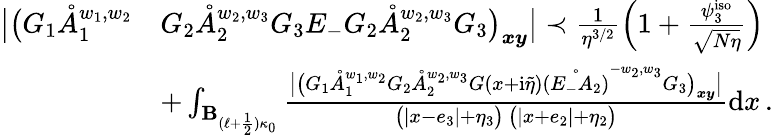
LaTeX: \begin{array}{rl}{\big|\big(G_{1}\mathring{A}_{1}^{w_{1},w_{2}}}&{G_{2}\mathring{A}_{2}^{w_{2},w_{3}}G_{3}E_{-}G_{2}\mathring{A}_{2}^{w_{2},w_{3}}G_{3}\big)_{\boldsymbol{x}\boldsymbol{y}}\big|\prec\frac{1}{\eta^{3/2}}\left(1+\frac{\psi_{3}^{\mathrm{iso}}}{\sqrt{N\eta}}\right)}\\ &{+\int_{\mathbf{B}_{(\ell+\frac{1}{2})\kappa_{0}}}\frac{\big|\big(G_{1}\mathring{A}_{1}^{w_{1},w_{2}}G_{2}\mathring{A}_{2}^{w_{2},w_{3}}G(x+\mathrm{i}\tilde{\eta})\mathring{(E_{-}A_{2})}^{-w_{2},w_{3}}G_{3}\big)_{\boldsymbol{x}\boldsymbol{y}}\big|}{\big(|x-e_{3}|+\eta_{3}\big)\, \big(|x+e_{2}|+\eta_{2}\big)}\mathrm{d}x\, .}\end{array}